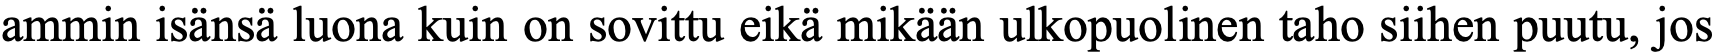
ammin isänsä luona kuin on sovittu eikä mikään ulkopuolinen taho siihen puutu, jos